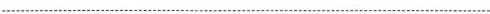
___